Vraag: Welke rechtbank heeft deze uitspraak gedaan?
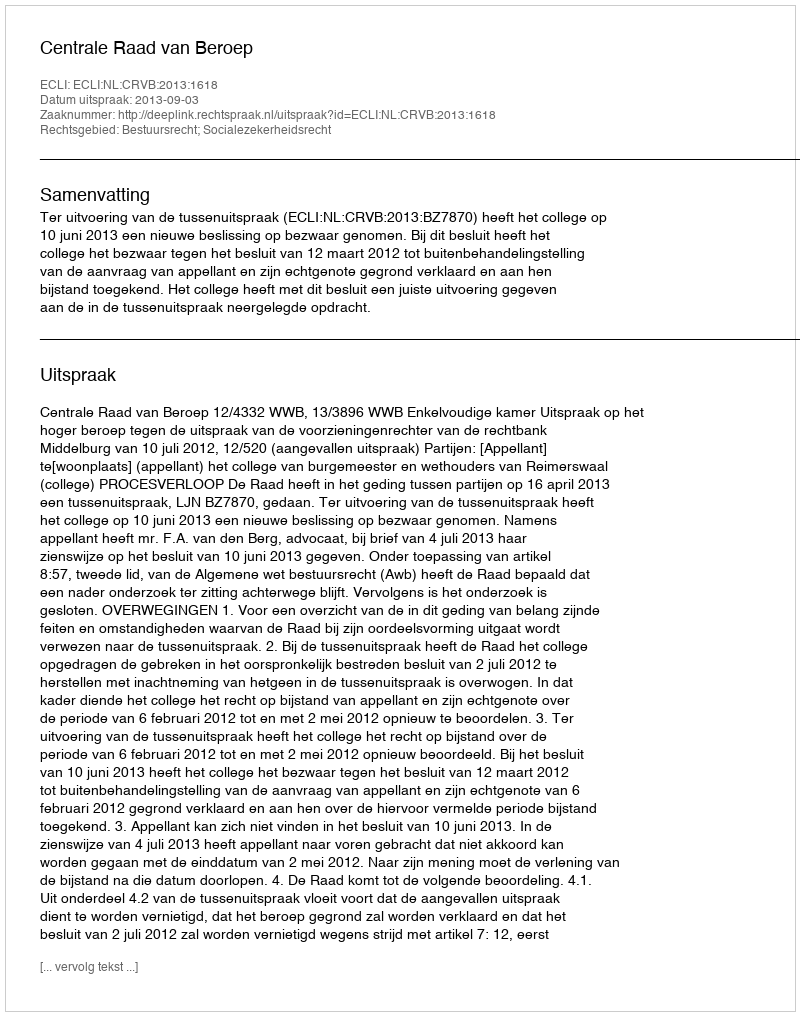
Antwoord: Centrale Raad van Beroep